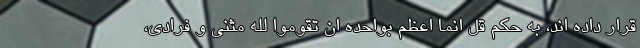
قرار داده اند، به حکم قل انما اعظم بواحده ان تقوموا لله مثنی و فرادی،